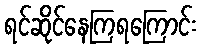
ရင်ဆိုင်နေကြရကြောင်း